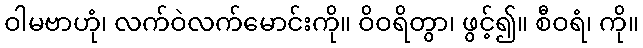
ဝါမဗာဟုံ၊ လက်ဝဲလက်မောင်းကို။ ဝိဝရိတွာ၊ ဖွင့်၍။ စီဝရံ၊ ကို။